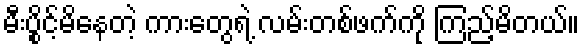
မီးပွိုင့်မိနေတဲ့ ကားတွေရဲ့ လမ်းတစ်ဖက်ကို ကြည့်မိတယ်။